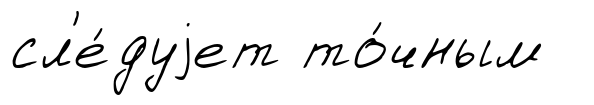
сл'е́дуjет то́чным